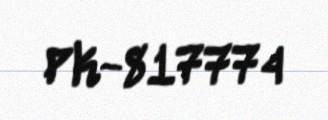
PK-817774